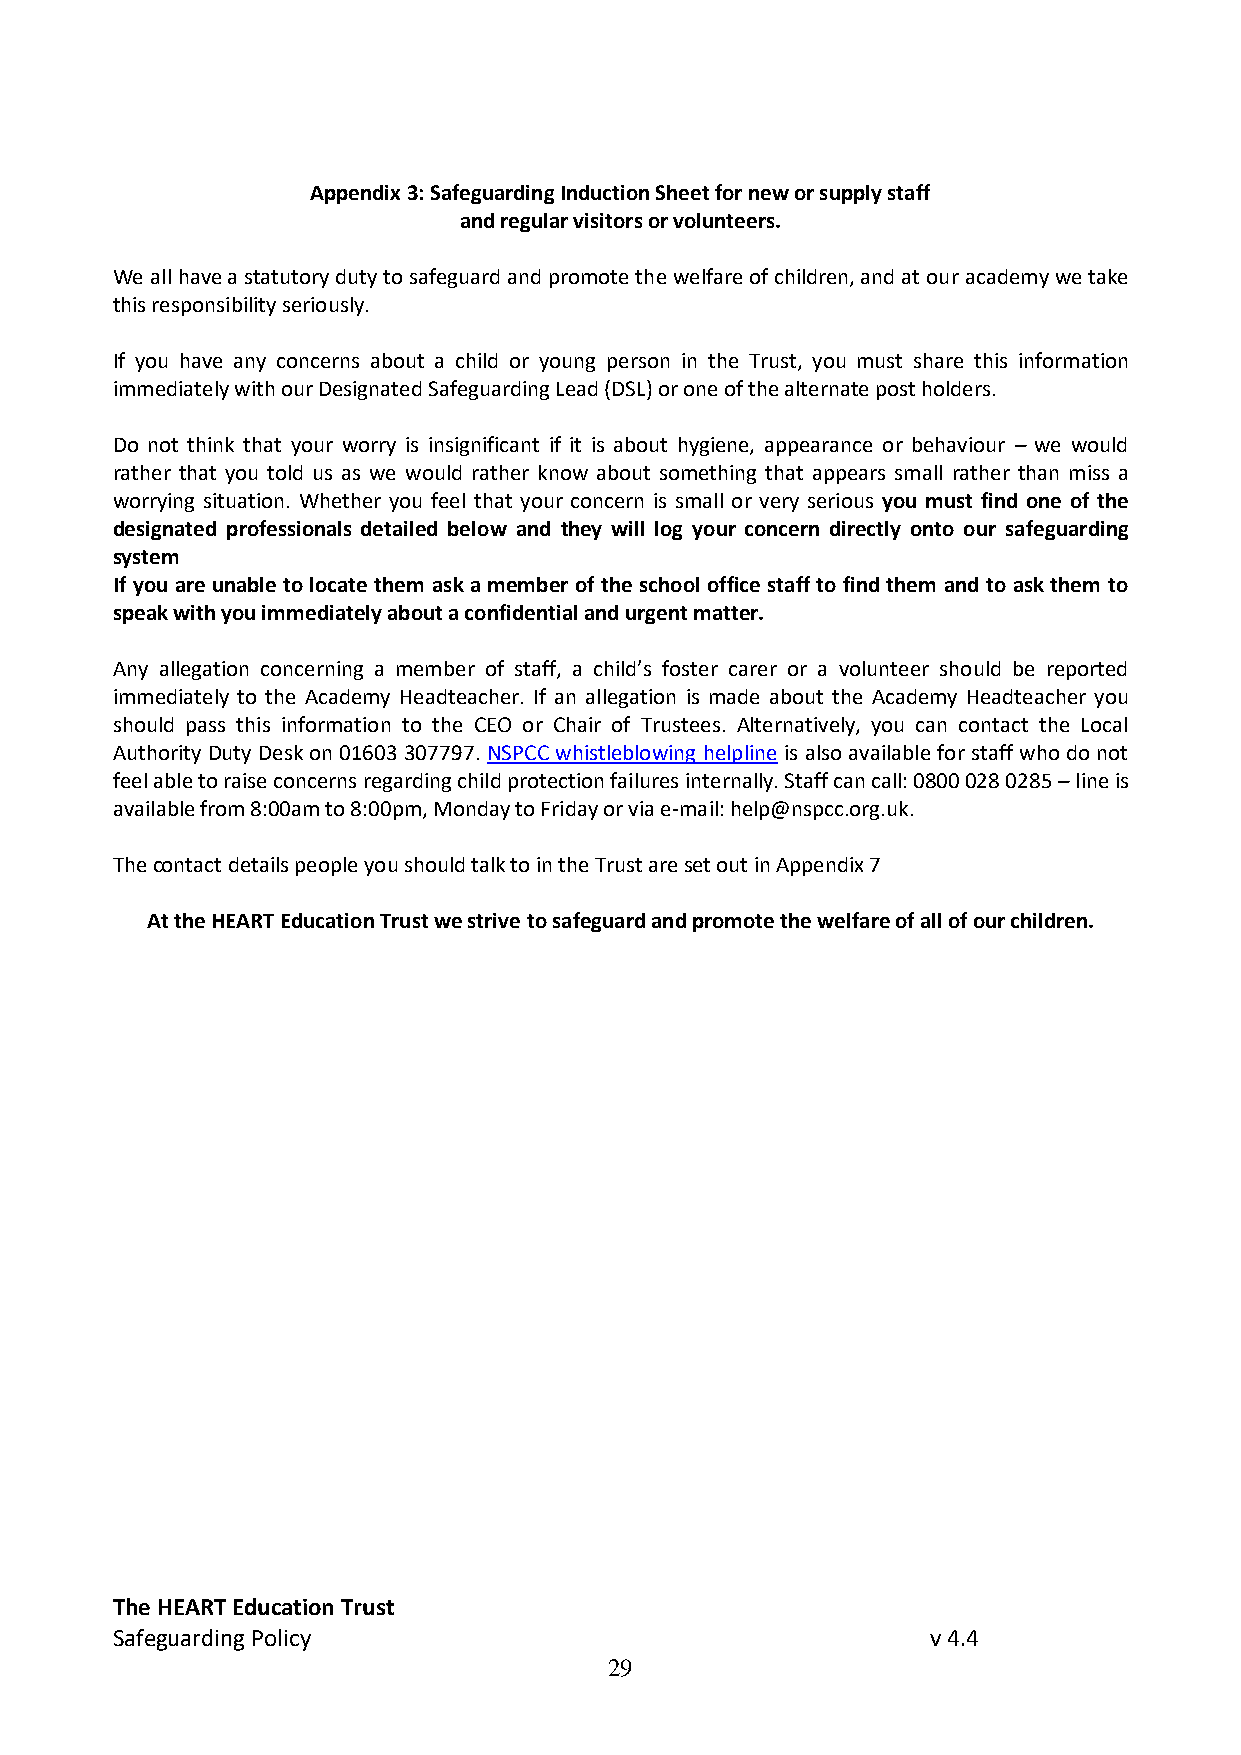
Appendix 3: Safeguarding Induction Sheet for new or supply staff
 and regular visitors or volunteers.
 We all have a statutory duty to safeguard and promote the welfare of children, and at our academy we take
 this responsibility seriously.
 If you have any concerns about a child or young person in the Trust, you must share this information
 immediately with our Designated Safeguarding Lead (DSL) or one of the alternate post holders.
 Do not think that your worry is insignificant if it is about hygiene, appearance or behaviour – we would
 rather that you told us as we would rather know about something that appears small rather than miss a
 worrying situation. Whether you feel that your concern is small or very serious you must find one of the
 designated professionals detailed below and they will log your concern directly onto our safeguarding
 system
 If you are unable to locate them ask a member of the school office staff to find them and to ask them to
 speak with you immediately about a confidential and urgent matter.
 Any allegation concerning a member of staff, a child’s foster carer or a volunteer should be reported
 immediately to the Academy Headteacher. If an allegation is made about the Academy Headteacher you
 should pass this information to the CEO or Chair of Trustees. Alternatively, you can contact the Local
 Authority Duty Desk on 01603 307797. NSPCC whistleblowing helpline is also available for staff who do not
 feel able to raise concerns regarding child protection failures internally. Staff can call: 0800 028 0285 – line is
 available from 8:00am to 8:00pm, Monday to Friday or via e-mail: help@nspcc.org.uk.
 The contact details people you should talk to in the Trust are set out in Appendix 7
 At the HEART Education Trust we strive to safeguard and promote the welfare of all of our children.
 The HEART Education Trust
 Safeguarding Policy                                    v 4.4
 29